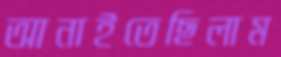
আনাইতেছিলাম